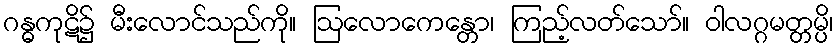
ဂန္ဓကုဋိ၌ မီးလောင်သည်ကို။ ဩလောကေန္တော၊ ကြည့်လတ်သော်။ ဝါလဂ္ဂမတ္တမ္ပိ၊